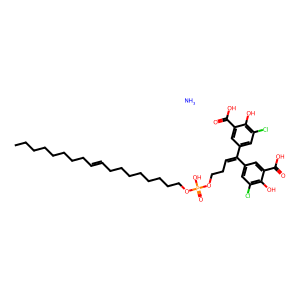
SMILES: CCCCCCCCC=CCCCCCCCCOP(=O)(O)OCCC=C(c1cc(Cl)c(O)c(C(=O)O)c1)c1cc(Cl)c(O)c(C(=O)O)c1.N
Inhibits HIV replication: Yes